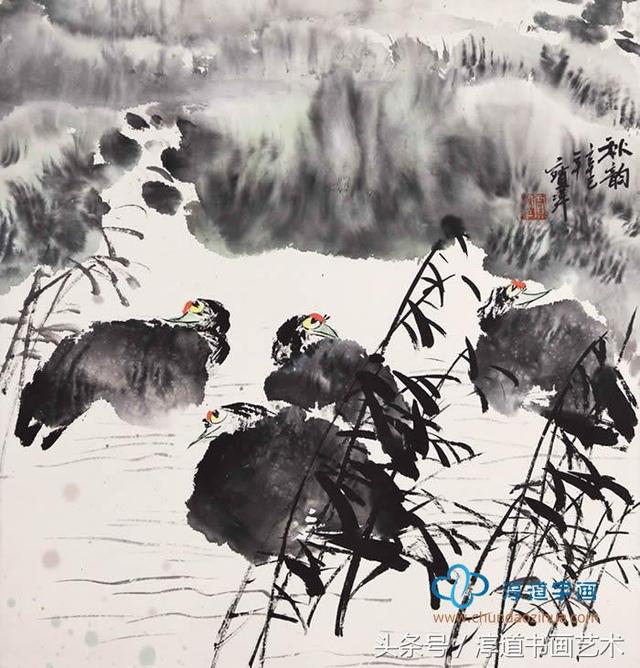
人之生不能无群